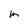
Character: m